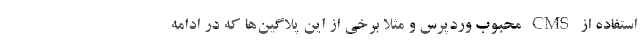
استفاده از CMS محبوب وردپرس و مثلا برخی از این پلاگین‌ها که در ادامه